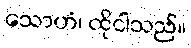
သောဟံ၊ ထိုငါသည်။